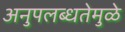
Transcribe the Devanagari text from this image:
अनुपलब्धतेमुळे